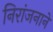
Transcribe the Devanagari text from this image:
निरांजनाने